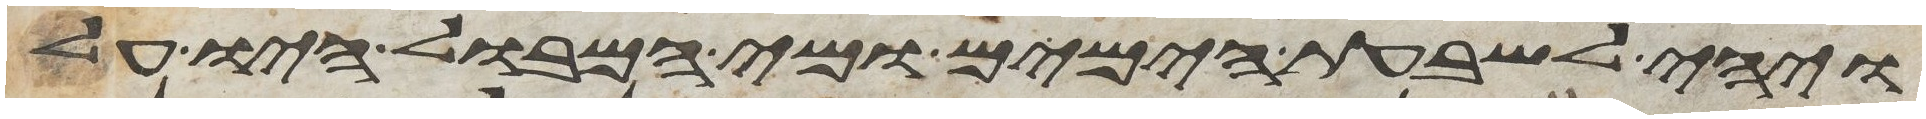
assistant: ויהי לשבעת הימים ומי המבול היו על